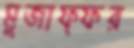
মুজাফ্ফর